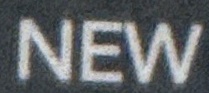
NEW